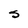
Character: S